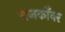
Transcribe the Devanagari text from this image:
राजकोँवर